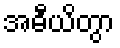
အဓီယိတွာ